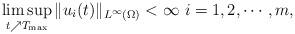
LaTeX: \begin{align*}\limsup_{t\nearrow T_{\max}}\|u_i(t)\|_{L^\infty(\Omega)}<\infty ~i=1,2,\cdots,m,\end{align*}